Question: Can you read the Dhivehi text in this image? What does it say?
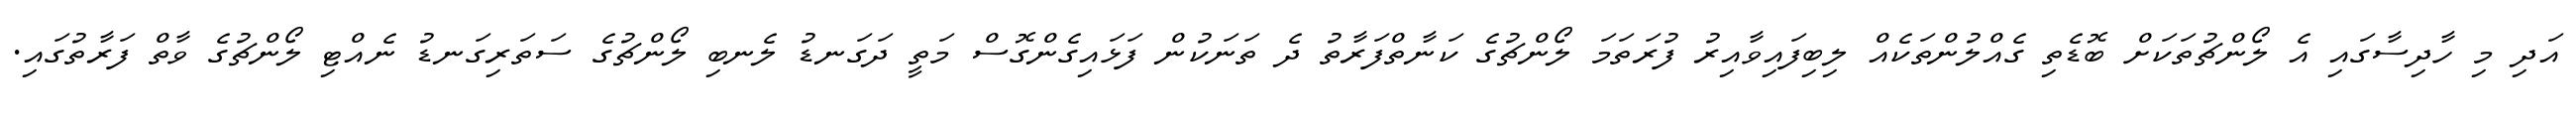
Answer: އަދި މި ހާދިސާގައި އެ ލޯންޗުތަކަށް ބޮޑެތި ގެއްލުންތަކެއް ލިބިފައިވާއިރު ފުރަތަމަ ލޯންޗުގެ ކަނާތްފަރާތު ދެ ތަނަކުން ފަޅައިގެންގޮސް މަތީ ދަގަނޑު ލެނބި ލޯންޗުގެ ސަތަރިގަނޑު ނެއްޓި ލޯންޗުގެ ވާތް ފަރާތުގައި.